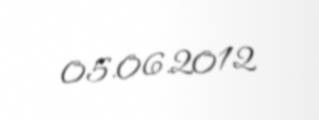
05.06.2012